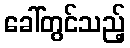
ခေါ်တွင်သည့်